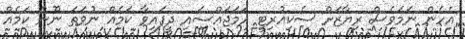
އެހެން ނަމަވެސް ރިޔާޒަށް ސެކިއުރިޓީ ހަމަޖައްސައި ދީފައިވާ ކަމެއް ނުވަތަ ނޫން ކަމެއް